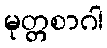
မုတ္တစာဂါ